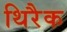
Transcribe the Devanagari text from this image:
थिरैक